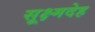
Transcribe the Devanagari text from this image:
सूक्ष्मदेह